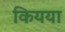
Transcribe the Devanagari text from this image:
कियया